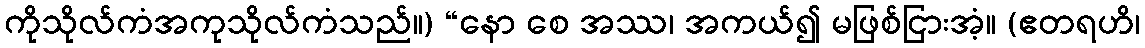
ကိုသိုလ်ကံအကုသိုလ်ကံသည်။) “နော စေ အဿ၊ အကယ်၍ မဖြစ်ငြားအံ့။ (ဧတရဟိ၊